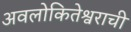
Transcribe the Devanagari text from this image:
अवलोकितेश्वराची